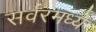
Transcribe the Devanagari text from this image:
सर्वरमध्ये